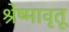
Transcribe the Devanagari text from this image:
श्रेष्मावृतू